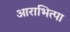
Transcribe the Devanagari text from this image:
आराभित्पा